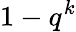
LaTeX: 1-q^{k}